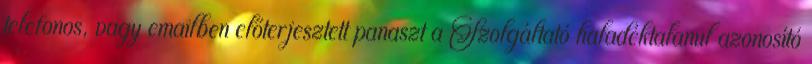
telefonos, vagy emailben előterjesztett panaszt a Szolgáltató haladéktalanul azonosító